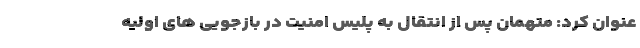
عنوان کرد: متهمان پس از انتقال به پلیس امنیت در بازجویی های اولیه